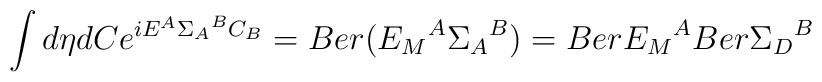
\int d\eta dC e^{iE^A{\Sigma_A}^BC_B}=Ber ({E_M}^A{\Sigma_A}^B)=Ber {E_M}^A Ber {\Sigma_D}^B